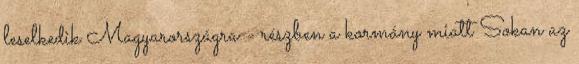
leselkedik Magyarországra - részben a kormány miatt Sokan az